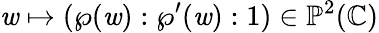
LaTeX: \mathit{w}\mapsto(\wp(\mathit{w}):\wp^{\prime}(\mathit{w}):1)\in\mathbb{{P}}^{2}(\mathbb{{C}})